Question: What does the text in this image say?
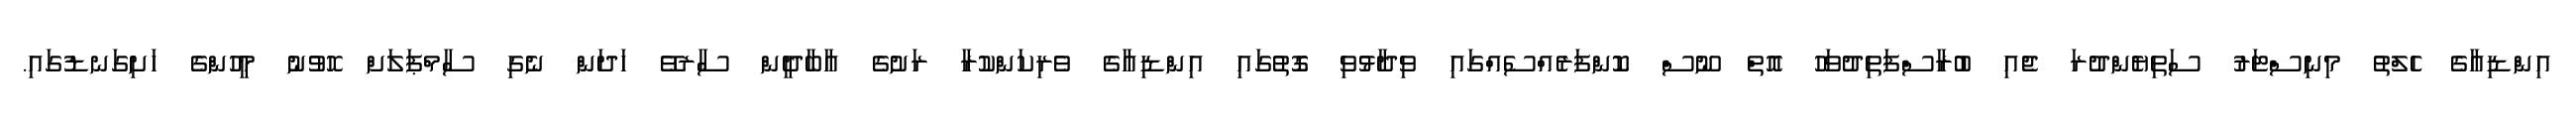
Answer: އިންޑިއާގެ ހެލްތު މިނިސްޓަރު ސަތިޔެންދުރަ ޖެއި ބުރާސްފަތިދުވަހު އޮތް ނޫސް ކޮންފަރެއްސެއްގައި ވިދާޅުވި ގޮތުގައި އިންޑިއާގެ ވެރިކަންކުރާ ރަށުގެ އާބާދީން ސާރވޭ ހަދަން ނެގި ސާމްޕަލަށް ހޮވުނު މީހުންގެ ހަށިގަނޑުގައި.